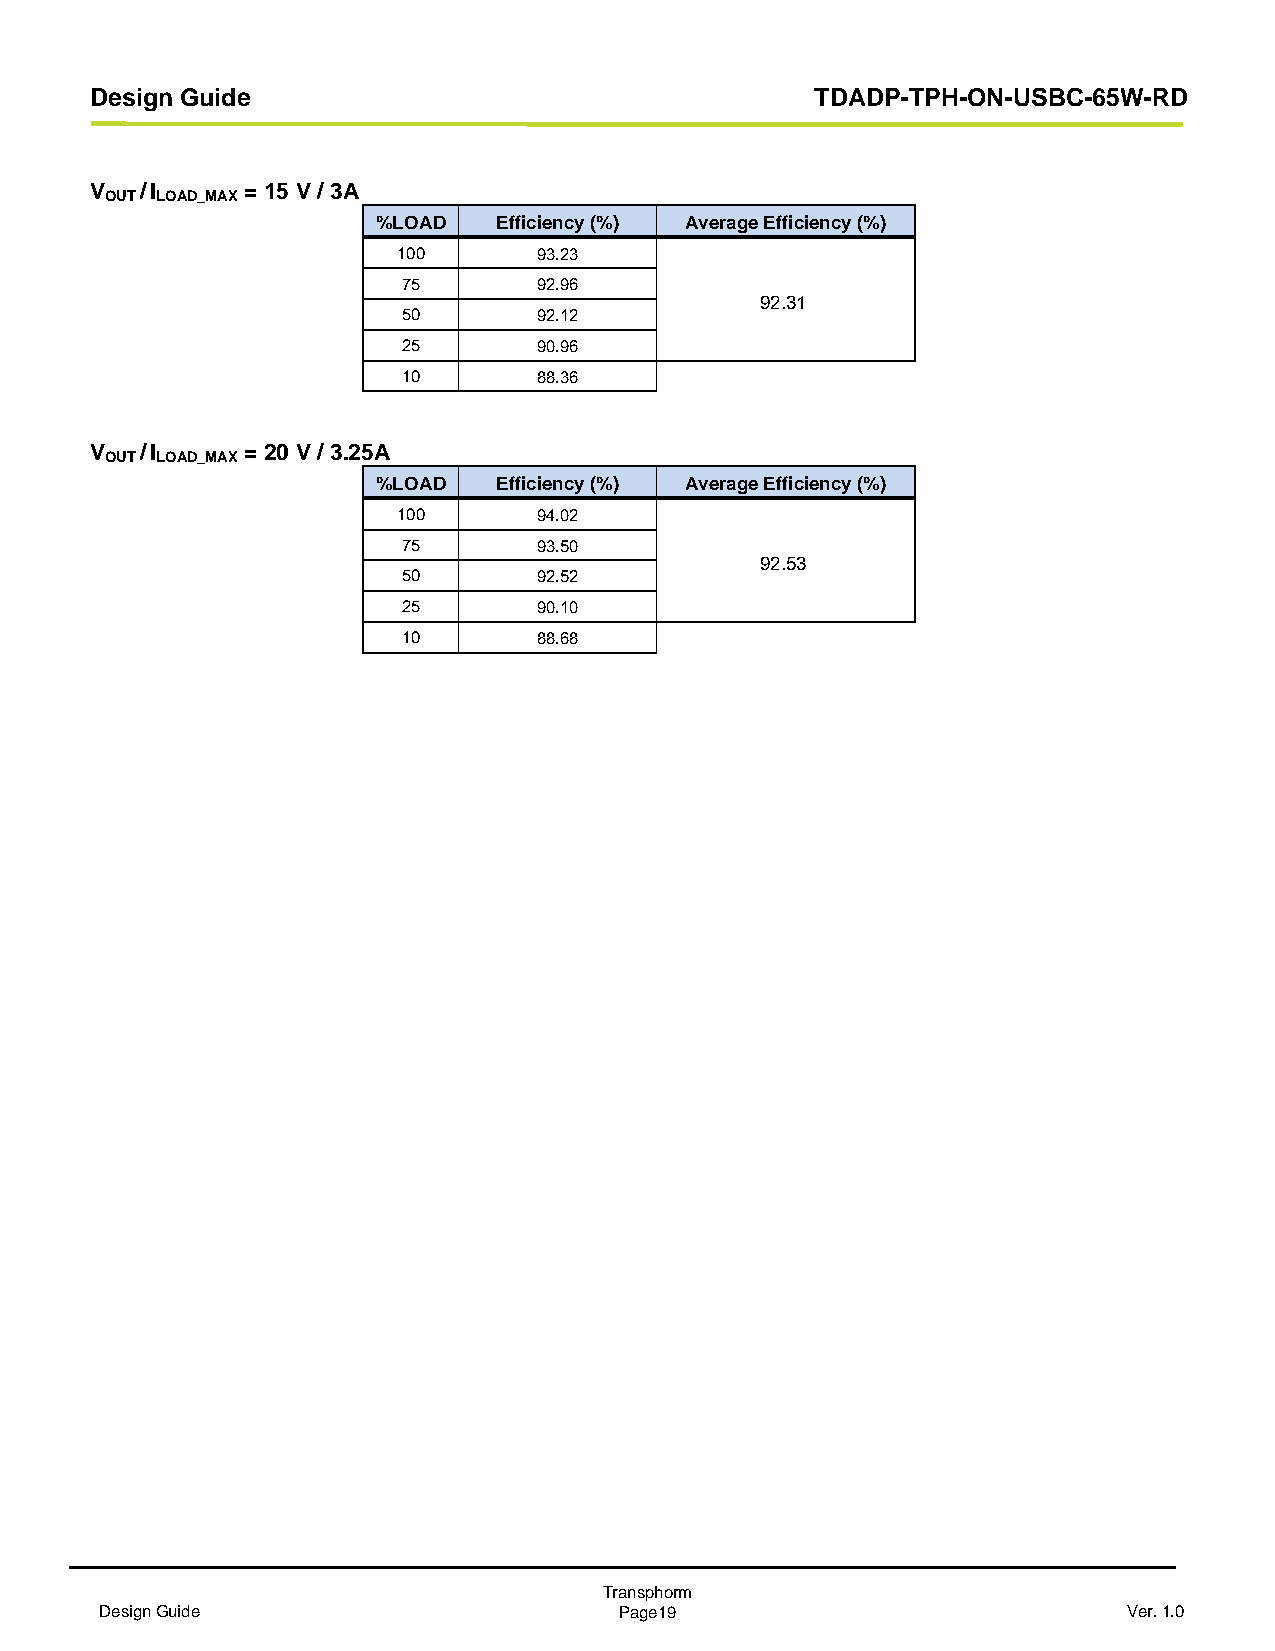
Design Guide                                    TDADP-TPH-ON-USBC-65W-RD
 V  / I    = 15 V / 3A
 OUT LOAD_MAX
 %LOAD   Efficiency (%) Average Efficiency (%)
 100       93.23
 75       92.96
 92.31
 50       92.12
 25       90.96
 10       88.36
 V  / I    = 20 V / 3.25A
 OUT LOAD_MAX
 %LOAD   Efficiency (%) Average Efficiency (%)
 100       94.02
 75       93.50
 92.53
 50       92.52
 25       90.10
 10       88.68
 Transphorm
 Design Guide                      Page19                            Ver. 1.0